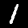
Digit: 1